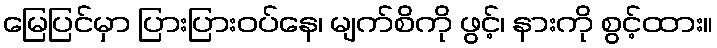
မြေပြင်မှာ ပြားပြားဝပ်နေ၊ မျက်စိကို ဖွင့်၊ နားကို စွင့်ထား။